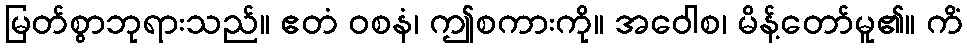
မြတ်စွာဘုရားသည်။ ဧတံ ဝစနံ၊ ဤစကားကို။ အဝေါစ၊ မိန့်တော်မူ၏။ ကိံ